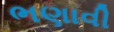
ભણાવી